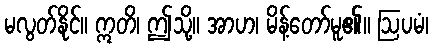
မလွတ်နိုင်။ ဣတိ၊ ဤသို့။ အာဟ၊ မိန့်တော်မူ၏။ ဩပမံ၊